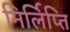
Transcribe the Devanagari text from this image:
निर्लिप्ति